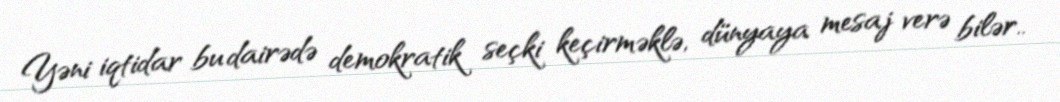
Yəni iqtidar bu dairədə demokratik seçki keçirməklə, dünyaya mesaj verə bilər..